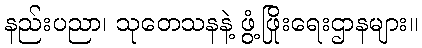
နည်းပညာ၊ သုတေသနနဲ့ ဖွံ့ဖြိုးရေးဌာနများ။